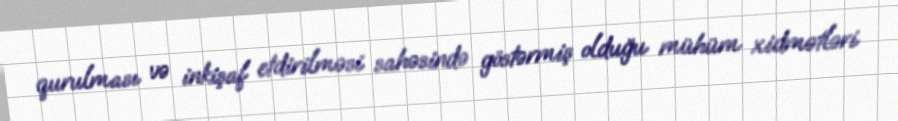
qurulması və inkişaf etdirilməsi sahəsində göstərmiş olduğu mühüm xidmətləri